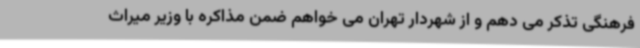
فرهنگی تذکر می دهم و از شهردار تهران می خواهم ضمن مذاکره با وزیر میراث